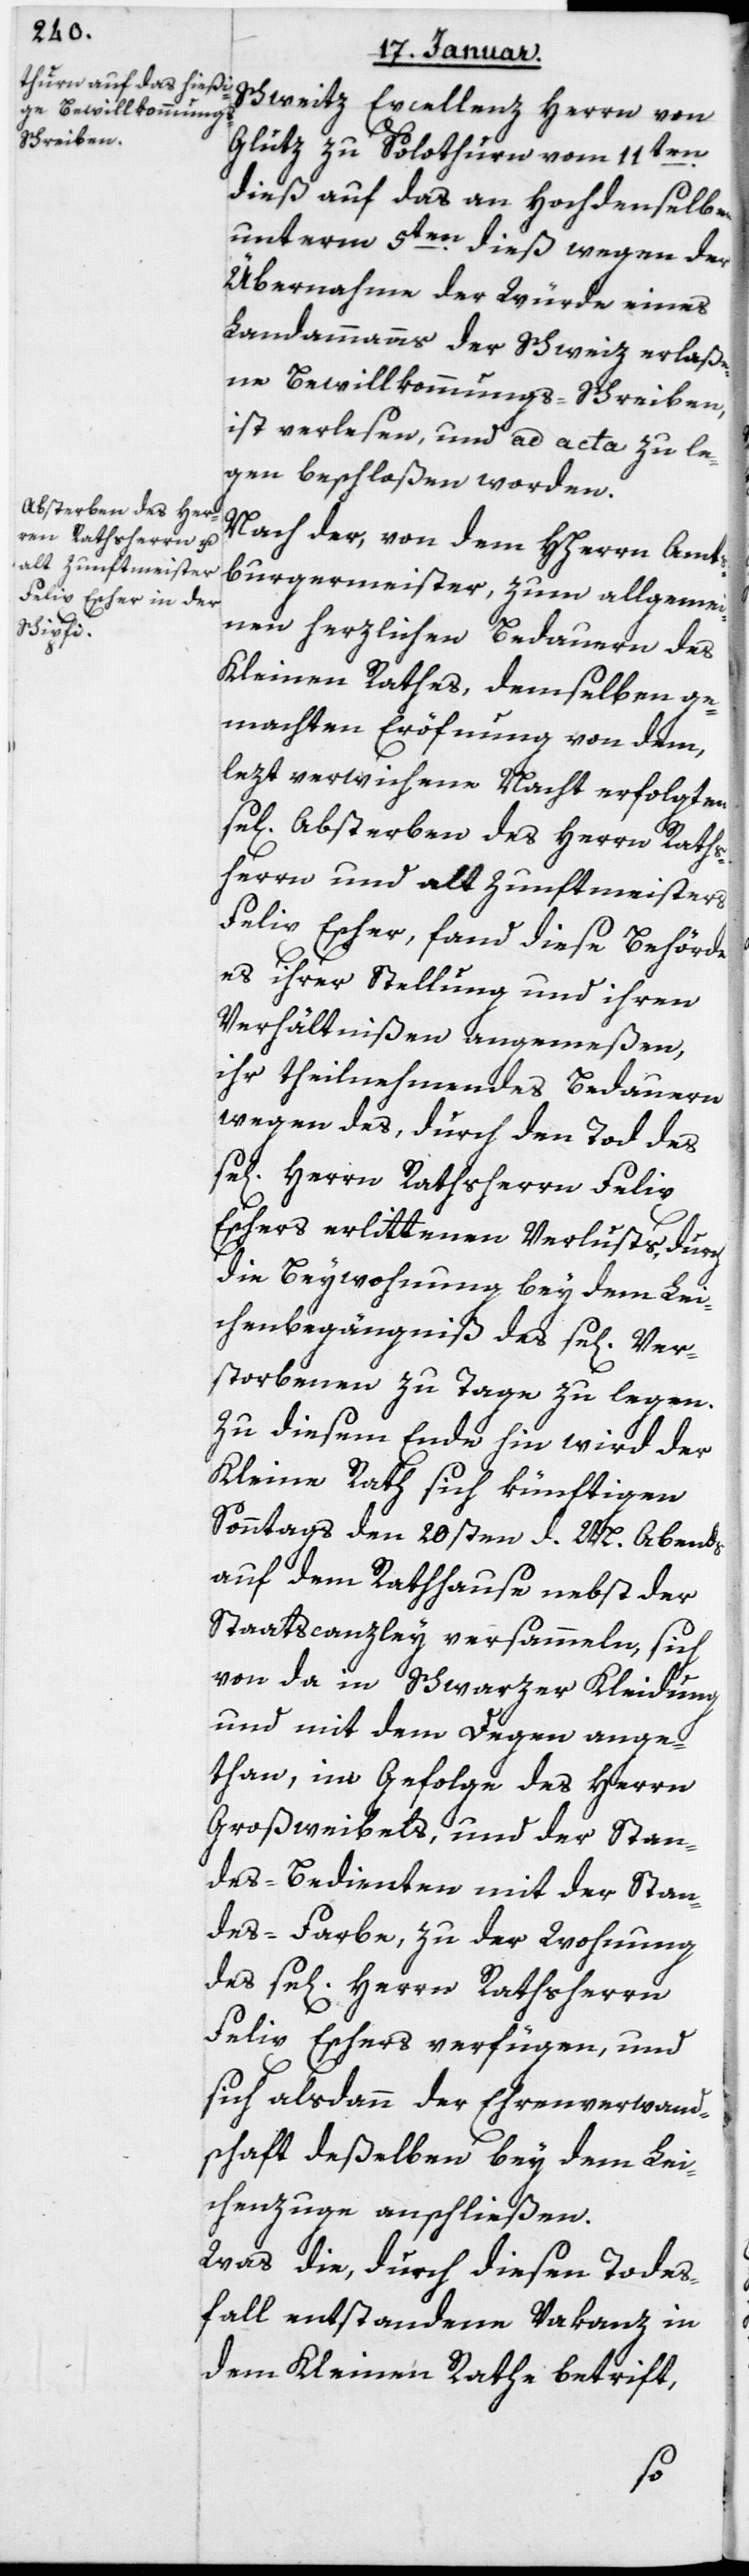
sel[i¬

Schweitz, Excellenz Herrn von
Glutz zu Solothurn, vom 11ten
dieß auf das an hochdenselben
unterm 5ten dieß wegen der
Übernahme der Würde eines
Landammanns der Schweiz erlaße¬
ne Bewillkommungs-Schreiben
ist verlesen und ad acta zu le¬
gen beschloßen worden.
Nach der, von dem HHerrn Amts¬
burgermeister, zum allgemei¬
nen herzlichen Bedauern des
Kleinen Rathes, demselben ge¬
machten Eröfnung von dem,
lezt verwichene Nacht erfolgten
gen] Absterben des Herrn Raths¬
herrn und alt Zunftmeisters
Felix Escher, fand diese Behörde
es ihrer Stellung und ihren
Verhältnißen angemeßen,
ihr theilnehmendes Bedauern
wegen des, durch den Tod des
sel. Herrn Rathsherrn Felix
Eschers erlittenen Verlusts durch
die Beywohnung bey dem Lei¬
chenbegängnis des sel[igen]
storbenen zu Tage zu legen.
Zu diesem Ende hin wird der
Kleine Rath sich künftigen
Sonntag den 20sten d. M. abends
auf dem Rathhause nebst der
Staatscanzley versammeln, sich
und mit dem Degen ange¬
than, im Gefolge des Herrn
Großweibels und der Stan¬
des-Bedienten mit der Stan¬
des-Farbe, zu der Wohnung
des sel[igen] Herrn Rathsherrn
Felix Eschers verfügen, und
sich alsdann der Ehrenverwandt¬
schaft deßelben bey dem Lei¬
chenzuge anschließen.
Was die, durch diesen Todes¬
fall entstandene Vakanz in
dem Kleinen Rathe betrift,
Ver¬